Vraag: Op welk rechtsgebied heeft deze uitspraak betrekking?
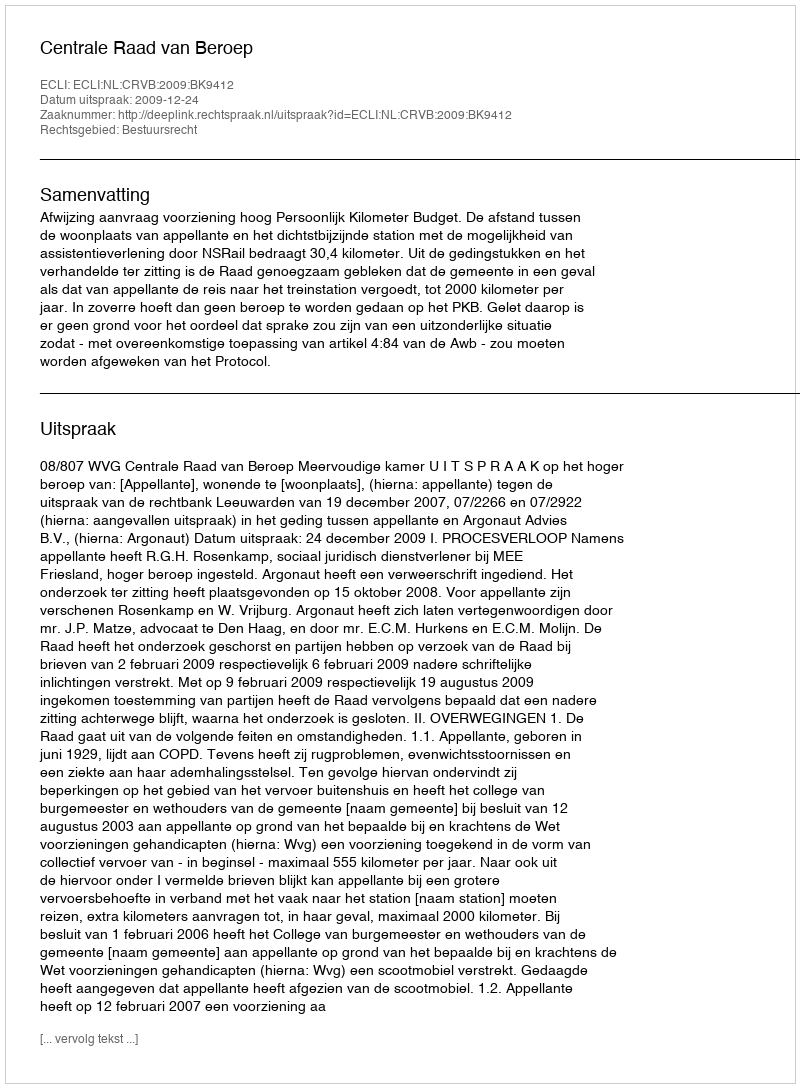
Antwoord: Bestuursrecht